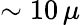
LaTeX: \sim 10\, \mu